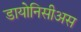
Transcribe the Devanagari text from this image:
डायोनिसीअस